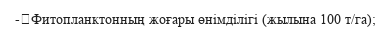
-	Фитопланктонның жоғары өнімділігі (жылына 100 т/га);